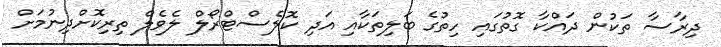
ދިރާސާ ތަކުން ދައްކާ ގޮތުގައި ހިތުގެ ބަލިތަކާއި އަދި ކޮލެސްޓްރޯލް ލެވެލް ތިރިކޮށްދިނުމަށް